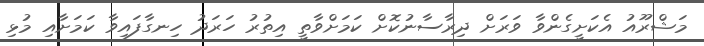
މަޝްރޫއު އެކަށީގެންވާ ވަރަށް ދިރާސާނުކޮށް ކަމަށްވާތީ އިތުރު ހަރަދު ހިނގާފައިވާ ކަމަށާއި މުޅި